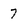
Character: 7